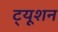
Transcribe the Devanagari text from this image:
ट्‍यूशन